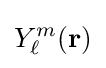
Y_{\ell }^{m}({\mathbf {r} })